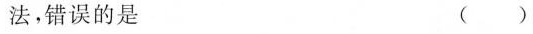
法，错误的是 ()